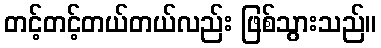
တင့်တင့်တယ်တယ်လည်း ဖြစ်သွားသည်။